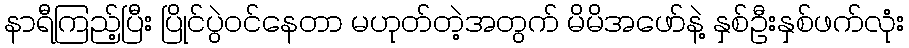
နာရီကြည့်ပြီး ပြိုင်ပွဲဝင်နေတာ မဟုတ်တဲ့အတွက် မိမိအဖော်နဲ့ နှစ်ဦးနှစ်ဖက်လုံး